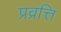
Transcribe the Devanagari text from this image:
प्रव्रत्ति